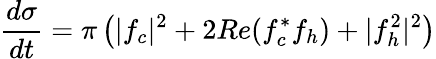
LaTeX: {\frac{d\sigma}{dt}}=\pi\left(|f_{c}|^{2}+2Re(f_{c}^{*}f_{h})+|f_{h}^{2}|^{2}\right)